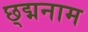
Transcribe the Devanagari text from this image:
छ्द्मनाम